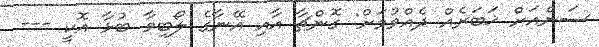
ސަންއަށް ޚަބަރެއް ދެއްވުމަށް: ގޮންޗާ އާއި އޭނާގެ ލޯބިވާ ބުޅާ އޮކީ ---